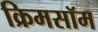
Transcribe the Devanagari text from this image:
क्रिमसॉम